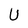
Character: U